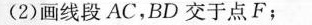
(2)画线段AC，BD交于点F；